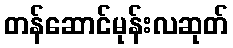
တန်ဆောင်မုန်းလဆုတ်